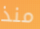
منذ